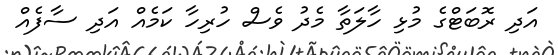
އަދި ރޮބަޓްގެ މުޅި ހާލަތާ މެދު ވެސް ހުރިހާ ކަމެއް އަދި ސާފެއް